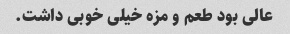
عالی بود طعم و مزه خیلی خوبی داشت.